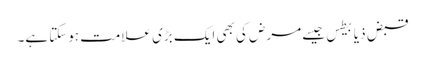
قبض ذیابیطس جیسے مرض کی بھی ایک بڑی علامت ہوسکتا ہے۔